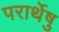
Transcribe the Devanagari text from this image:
परार्थेषु